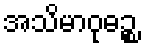
အသိမာဝုဓဉ္စ